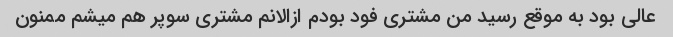
عالی بود به موقع رسید من مشتری فود بودم ازالانم مشتری سوپر هم میشم ممنون